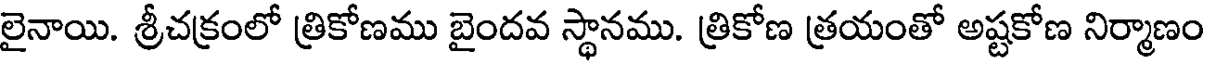
లైనాయి. శ్రీచక్రంలో త్రికోణము బైందవ స్థానము. త్రికోణ త్రయంతో అష్టకోణ నిర్మాణం